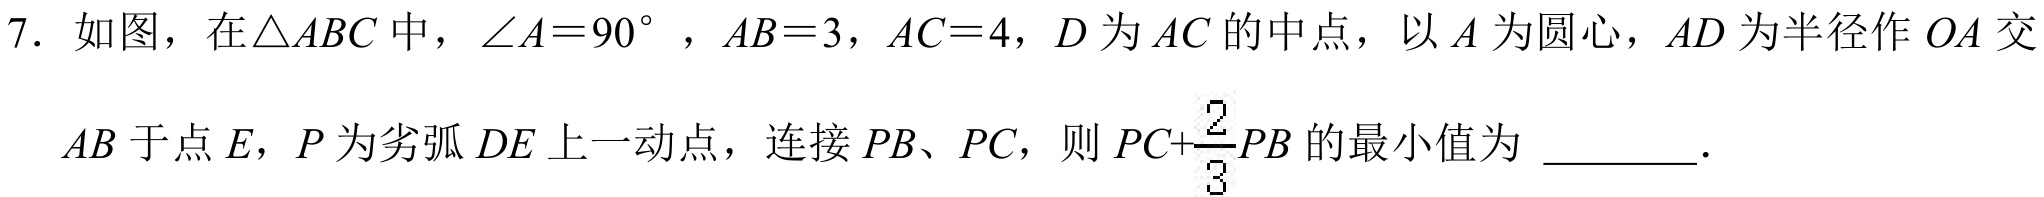
7. 如图，在\(\triangle ABC\)中，\(\angle A = 90^{\circ}\)，\(AB = 3\)，\(AC = 4\)，\(D\)为\(AC\)的中点，以\(A\)为圆心，\(AD\)为半径作\(\odot A\)交
\(AB\)于点\(E\)，\(P\)为劣弧\(DE\)上一动点，连接\(PB\)、\(PC\)，则\(PC+\dfrac{2}{3}PB\)的最小值为  ．